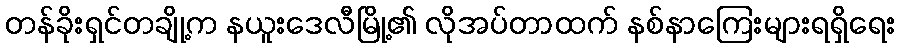
တန်ခိုးရှင်တချို့က နယူးဒေလီမြို့၏ လိုအပ်တာထက် နစ်နာကြေးများရရှိရေး